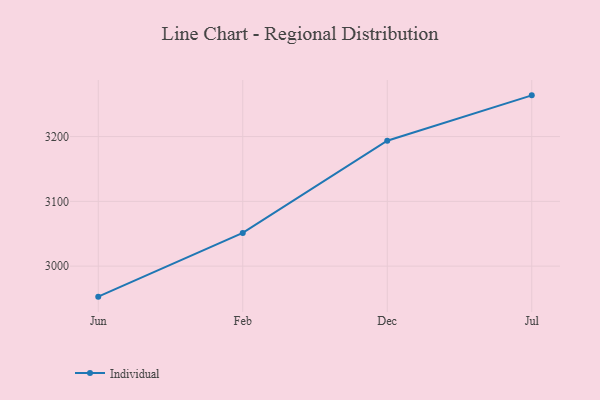
{"axis": {"x": "Month", "y": "Conversion Rate (%)"}, "legend": ["Individual"], "data": [{"x": "Jun", "y": 2952.9, "type": "Individual"}, {"x": "Feb", "y": 3051.3, "type": "Individual"}, {"x": "Dec", "y": 3193.6, "type": "Individual"}, {"x": "Jul", "y": 3263.6, "type": "Individual"}]}